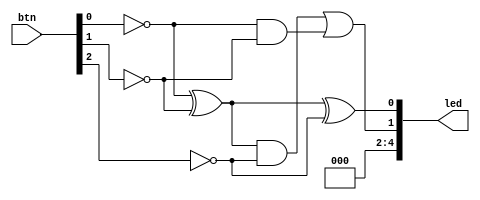
module full_adder(
    input [2:0] btn,
    output [4:0] led
); 
    assign led[4:2] = 3'b000;

    wire a = !btn[0];
    wire b = !btn[1];
    wire cin = !btn[2];

    wire s = led[0];
    wire cout = led[1];

    wire first_xor;
    assign first_xor = a ^ b;
    assign s = first_xor ^ cin;

    assign cout = (first_xor & cin) | (a & b);

endmodule